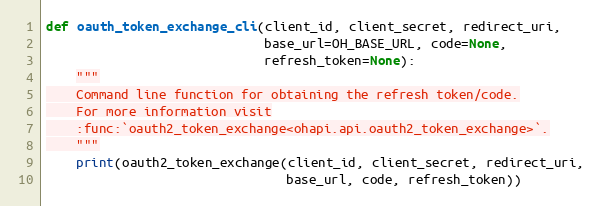
Language: Python
def oauth_token_exchange_cli(client_id, client_secret, redirect_uri,
                             base_url=OH_BASE_URL, code=None,
                             refresh_token=None):
    """
    Command line function for obtaining the refresh token/code.
    For more information visit
    :func:`oauth2_token_exchange<ohapi.api.oauth2_token_exchange>`.
    """
    print(oauth2_token_exchange(client_id, client_secret, redirect_uri,
                                base_url, code, refresh_token))